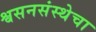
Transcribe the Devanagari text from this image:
श्वसनसंस्थेचा